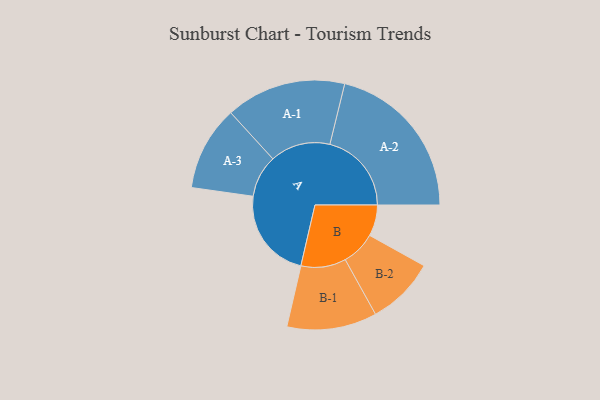
{"axis": {"x": "Segment", "y": "Value"}, "legend": ["", "A", "B"], "data": [{"x": "A", "y": 301, "type": ""}, {"x": "B", "y": 103, "type": ""}, {"x": "A-1", "y": 199, "type": "A"}, {"x": "A-2", "y": 270, "type": "A"}, {"x": "A-3", "y": 140, "type": "A"}, {"x": "B-1", "y": 149, "type": "B"}, {"x": "B-2", "y": 113, "type": "B"}]}